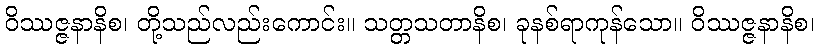
ဝိဿဇ္ဇနာနိစ၊ တို့သည်လည်းကောင်း။ သတ္တသတာနိစ၊ ခုနစ်ရာကုန်သော။ ဝိဿဇ္ဇနာနိစ၊